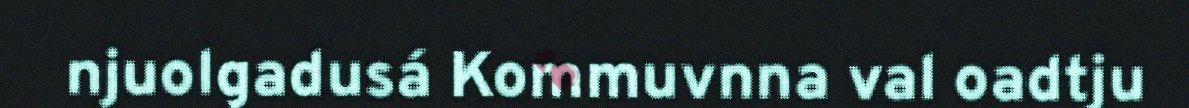
njuolgadusá Kommuvnna val oadtju